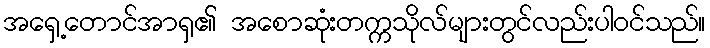
အရှေ့တောင်အာရှ၏ အစောဆုံးတက္ကသိုလ်များတွင်လည်းပါဝင်သည်။